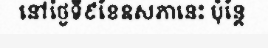
នៅថ្ងៃទី៩ខែឧសភានេះ ប៉ុន្តែ